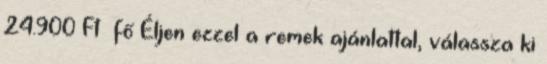
24.900 Ft fő Éljen ezzel a remek ajánlattal, válassza ki